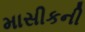
માસીકની